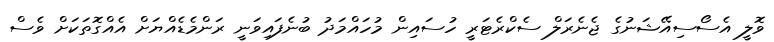
ވޮލީ އެސޯސިއޭޝަނުގެ ޖެނެރަލް ސެކްރެޓަރީ ހުސައިން މުހައްމަދު ބުނެފައިވަނީ ރަންމެޑެއްޔަށް އެއްގޮތަކަށް ވެސް